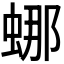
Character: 𬠌